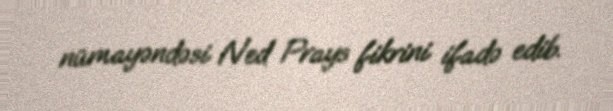
nümayəndəsi Ned Prays fikrini ifadə edib.